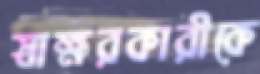
স্বাক্ষরকারীকে